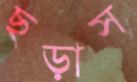
ছড়াস